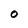
Character: O